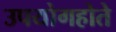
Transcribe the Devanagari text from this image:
उपयोगहोते